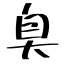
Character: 臭